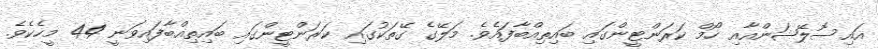
އައިސޮލޭޝަންއާއި ހޯމް ކަރަންޓީންގައި ބައިތިއްބާފައެވެ. މަލޭގެ ގޭތަކުގައި ކަރަންޓީންގައި ބައިތިއްބާފައިވަނީ 44 މީހެކެވެ.